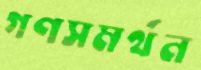
গণসমর্থন